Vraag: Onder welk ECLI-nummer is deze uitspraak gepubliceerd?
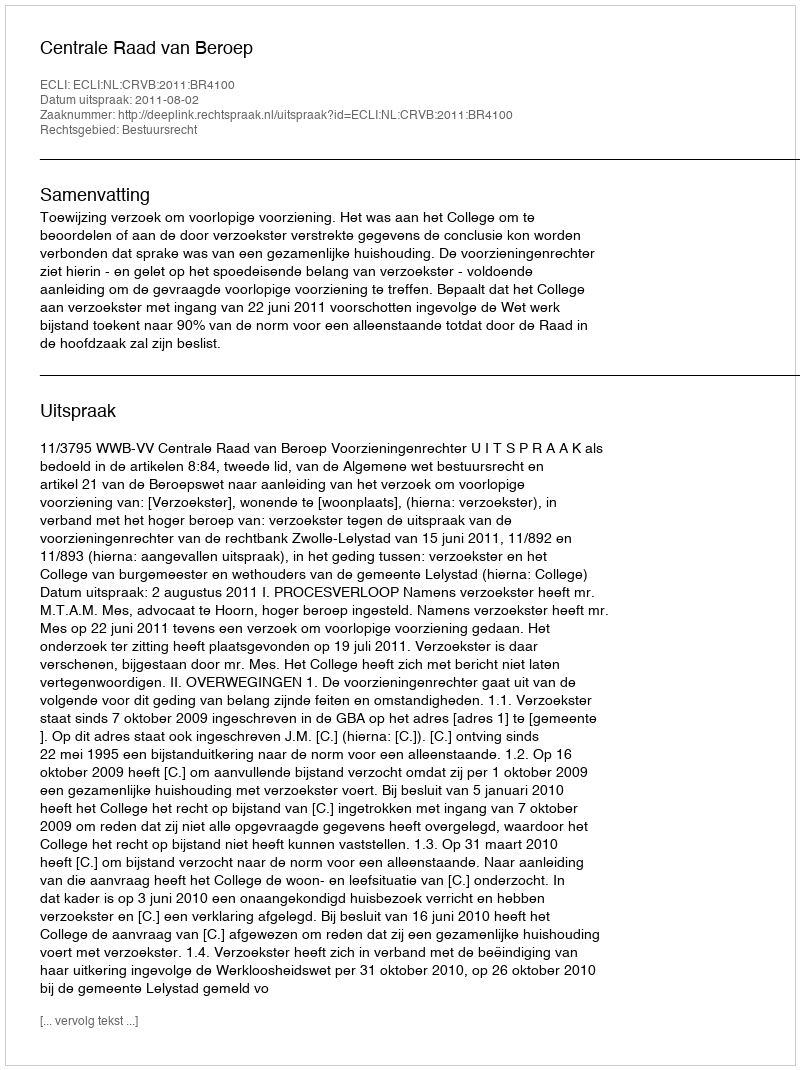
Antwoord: ECLI:NL:CRVB:2011:BR4100